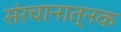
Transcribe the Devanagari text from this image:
संरचानात्नक